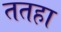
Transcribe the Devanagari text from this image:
ततहा